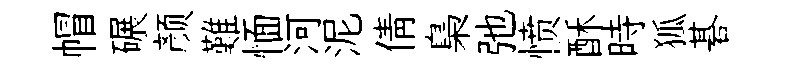
帽碾颜難愐河泥倩梟弛愤酥時狐碁